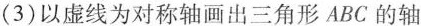
(3)以虚线为对称轴画出三角形ABC的轴